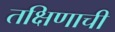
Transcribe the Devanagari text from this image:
तक्षिणाची